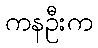
ကနဦးက